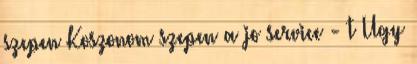
szepen Koszonom szepen a jo service - t Ugy